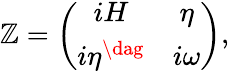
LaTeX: \mathbb{Z}=\left(\begin{array}{cc}{{iH}}&{{\eta}}\\ {{i\eta^{\dag}}}&{{i\omega}}\end{array}\right),